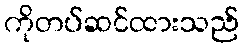
ကိုတပ်ဆင်ထားသည်